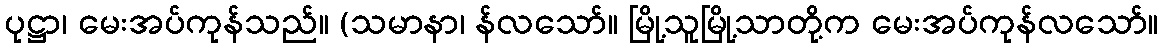
ပုဋ္ဌာ၊ မေးအပ်ကုန်သည်။ (သမာနာ၊ န်လသော်။ မြို့သူမြို့သာတို့က မေးအပ်ကုန်လသော်။